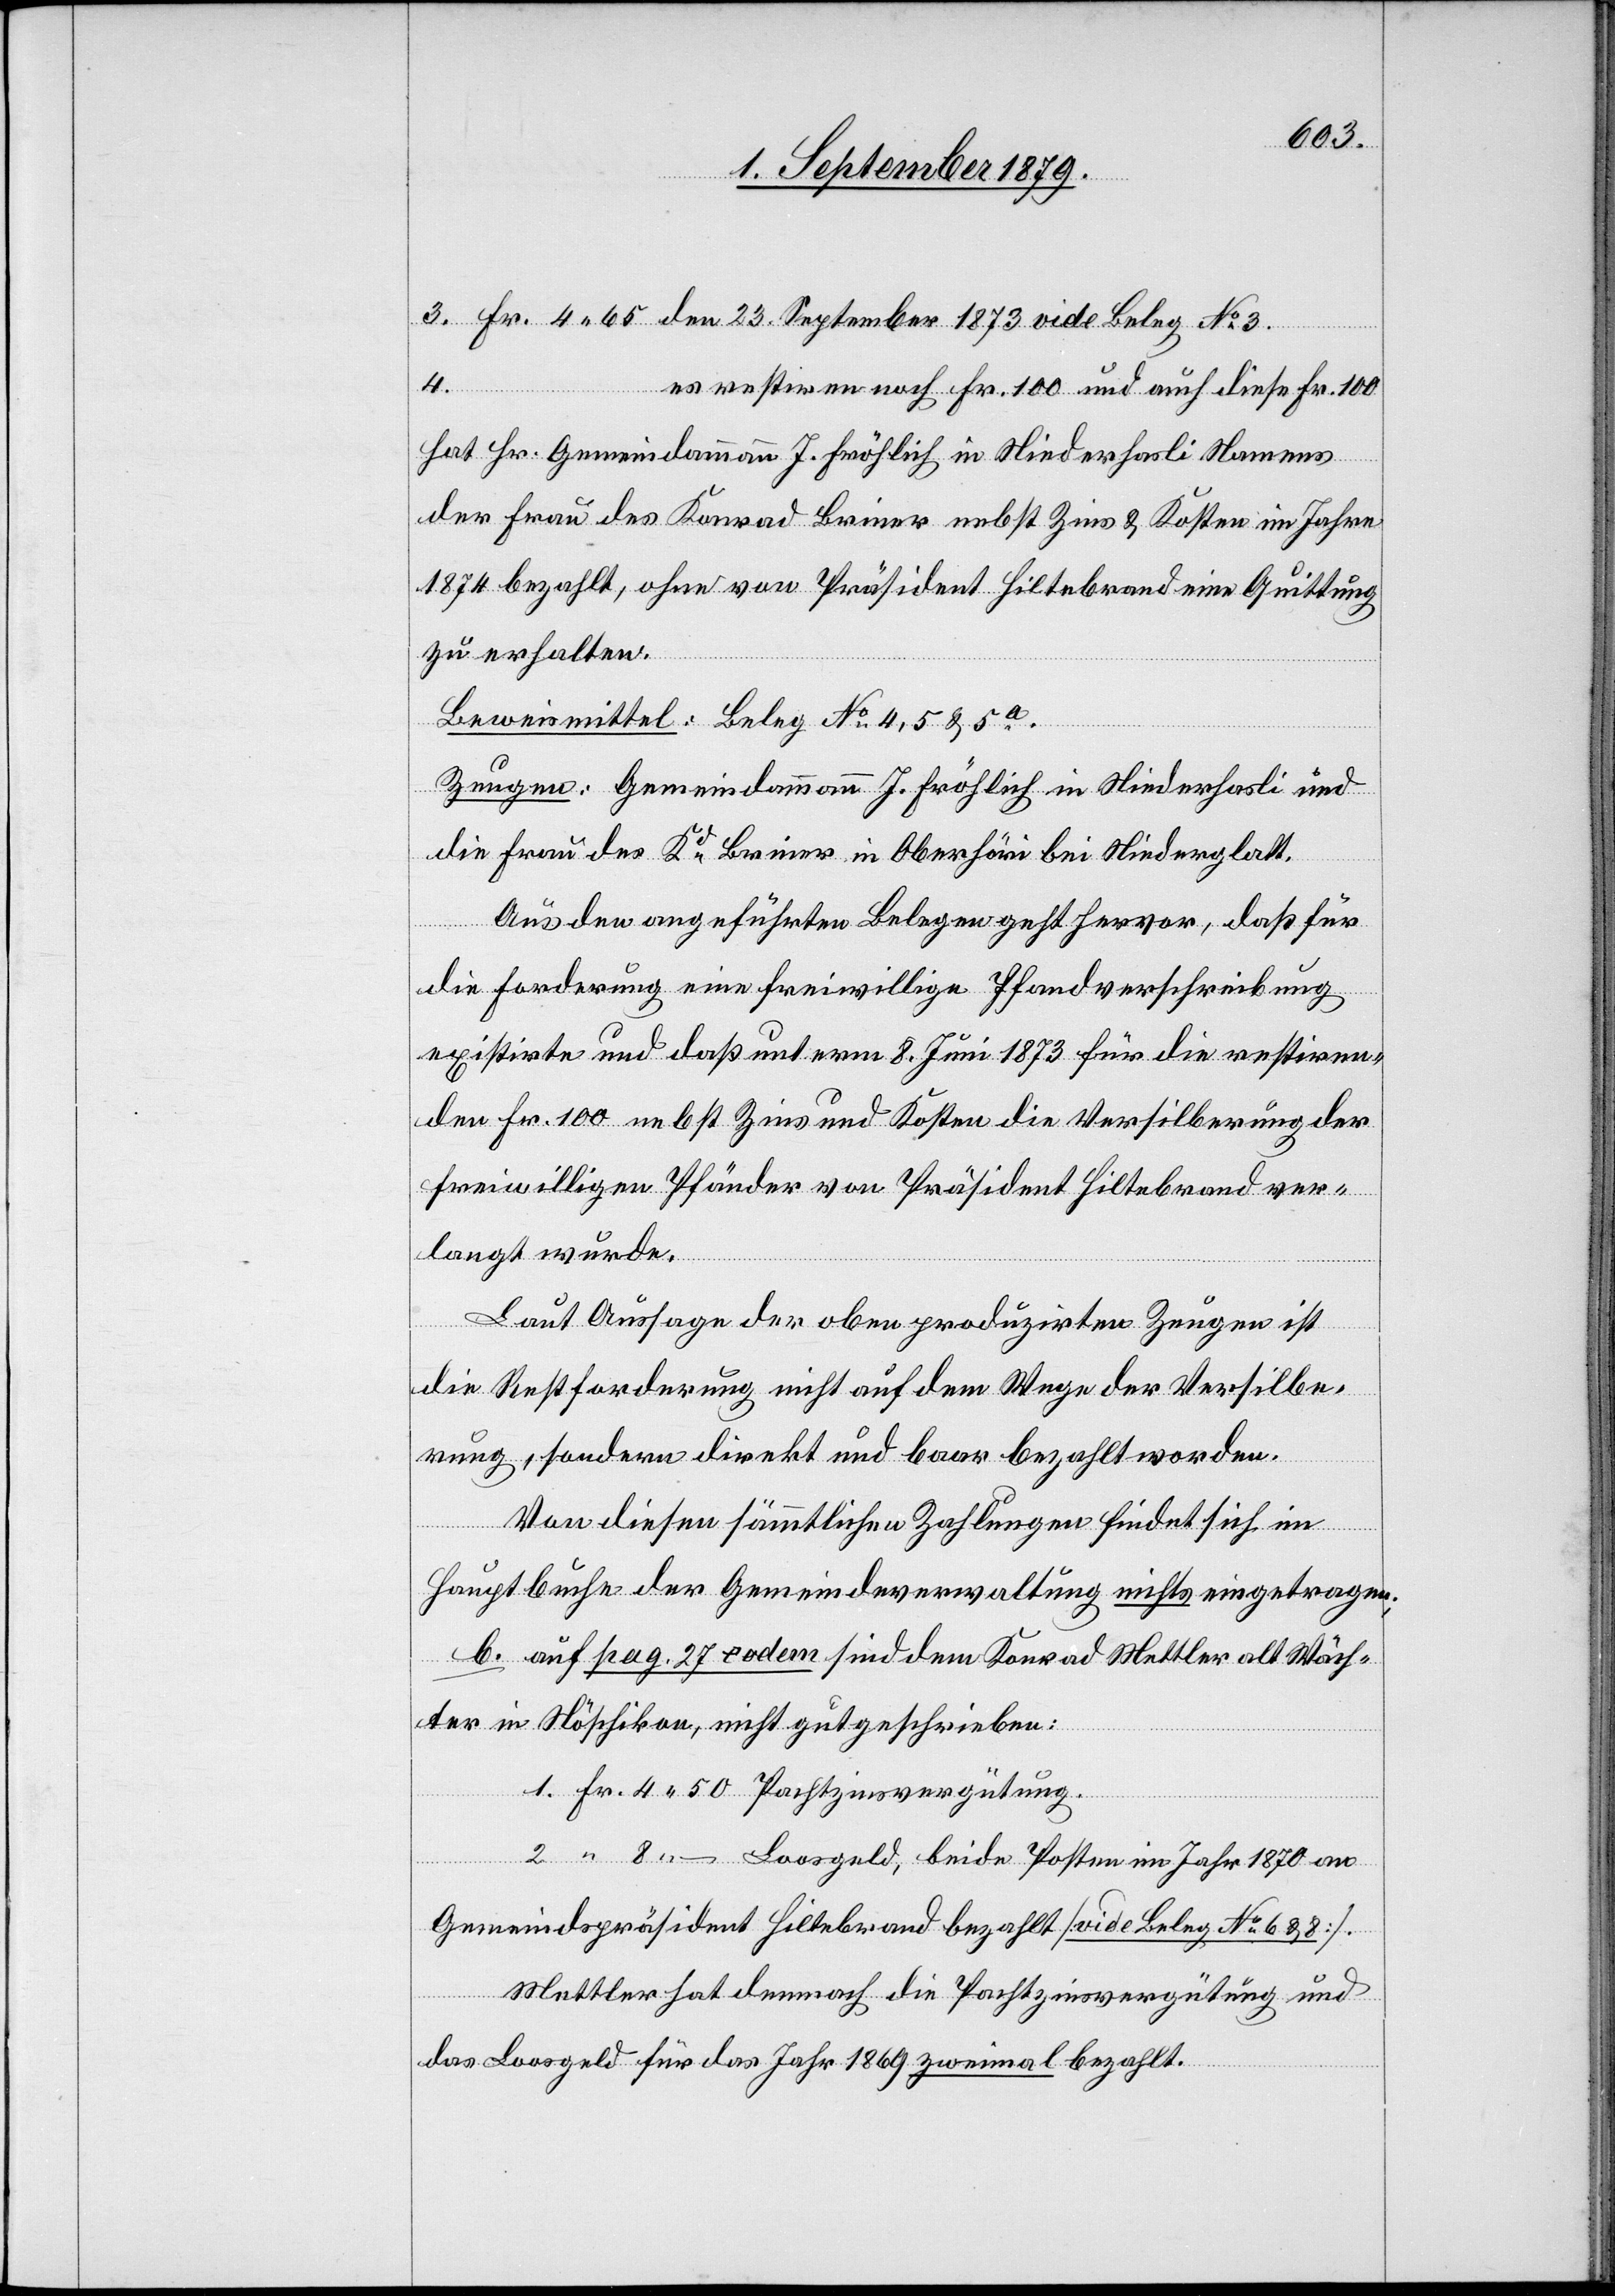
3. Fr. 4 65 den 23. September 1873 vide Beleg No 3.
4.
Es restiren noch Fr. 100 und auch diese Fr. 100
hat Hr. Gemeindammann J. Fröhlich in Niederhasli Namens
der Frau des Konrad Briner nebst Zins & Kosten im Jahre
1874 bezahlt, ohne von Präsident Hiltebrand [sic!] eine Quittung
zu erhalten.
Beweismittel: Beleg No 4, 5 & 5a.
Zeugen: Gemeindamman J. Fröhlich in Niederhasli und
die Frau des Kd Briner in Oberhöri bei Niederglatt.
Aus den angeführten Belegen geht hervor, daß für
die Forderung eine freiwillige Pfandverschreibung
existirte und daß unterm 8. Juni 1873 für die restiren¬
den Fr. 100 nebst Zins und Kosten die Versilberung der
freiwilligen Pfänder von Präsident Hiltebrand ver¬
langt wurde.
Laut Aussage der oben produzirten Zeugen ist
die Rechtsforderung nicht auf dem Wege der Versilbe¬
rung, sondern direkt und baar bezahlt worden.
Von diesen sämmtlichen Zahlungen findet sich im
Hauptbuche der Gemeindeverwaltung nichts eingetragen;
b. auf pag. 27 eodem sind dem Konrat Mettler alt Wäch¬
ter in Nöschikon, nicht gutgeschrieben:
1. Fr. 4 50 Pachtzinsvergütung.
2. “ 8 – Loosgeld, beide Posten im Jahr 1870 an
Gemeindepräsident Hiltebrand bezahlt [vide Beleg No 6 & 8].
Mettler hat demnach die Pachtzinsvergütung und
das Loosgeld für das Jahr 1869 zweimal bezahlt.